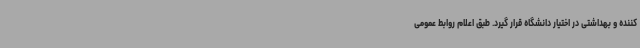
کننده و بهداشتی در اختیار دانشگاه قرار گیرد. طبق اعلام روابط عمومی